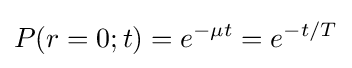
P(r=0;t)=e^{-\mu t}=e^{-t/T}